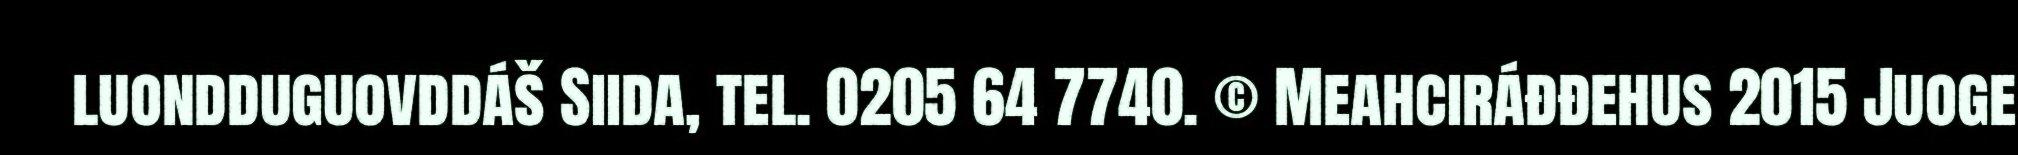
luondduguovddáš Siida, tel. 0205 64 7740. © Meahciráđđehus 2015 Juoge